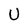
Character: U